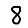
Digit: 8